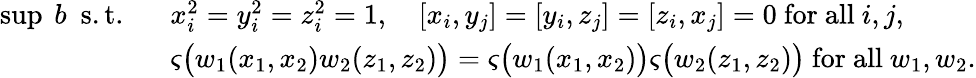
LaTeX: \begin{array}{rl}{\operatorname*{sup}\ b\ \mathrm{~s.t.~}}&{\ x_{i}^{2}=y_{i}^{2}=z_{i}^{2}=1,\quad[x_{i},y_{j}]=[y_{i},z_{j}]=[z_{i},x_{j}]=0\mathrm{~for~all~}i,j,}\\ &{\ \varsigma\big(w_{1}(x_{1},x_{2})w_{2}(z_{1},z_{2})\big)=\varsigma\big(w_{1}(x_{1},x_{2})\big)\varsigma\big(w_{2}(z_{1},z_{2})\big)\mathrm{~for~all~}w_{1},w_{2}.}\end{array}